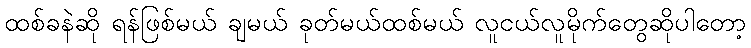
ထစ်ခနဲဆို ရန်ဖြစ်မယ် ချမယ် ခုတ်မယ်ထစ်မယ် လူငယ်လူမိုက်တွေဆိုပါတော့